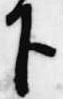
下